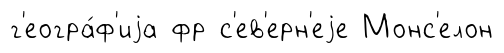
г'еогра́ф'иjа фр с'ев'ерн'еjе Монс'елон